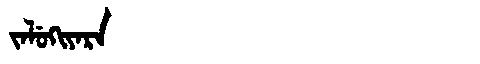
Manchu: ᠵᠠᠯᡠᡴᡳᠶᠠᡵᠠ
Romanization: JALUKIYARA